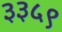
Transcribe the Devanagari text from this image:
३३५९